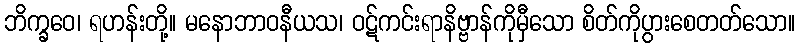
ဘိက္ခဝေ၊ ရဟန်းတို့။ မနောဘာဝနီယသ၊ ဝဋ်ကင်းရာနိဗ္ဗာန်ကိုမှီသော စိတ်ကိုပွားစေတတ်သော။